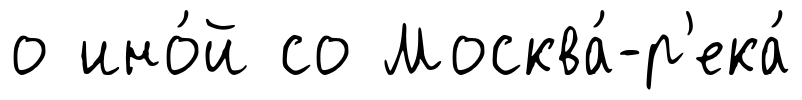
о ино́й со Москва́-р'ека́